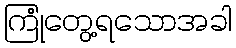
ကြုံတွေ့ရသောအခါ